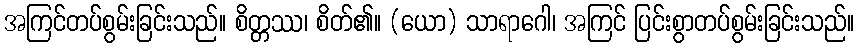
အကြင်တပ်စွမ်းခြင်းသည်။ စိတ္တဿ၊ စိတ်၏။ (ယော) သာရာဂေါ၊ အကြင် ပြင်းစွာတပ်စွမ်းခြင်းသည်။